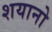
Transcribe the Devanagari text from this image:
शयानो